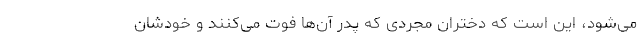
می‌شود، این است که دختران مجردی که پدر آن‌ها فوت می‌کنند و خودشان